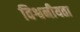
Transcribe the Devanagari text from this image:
विश्वनीयता